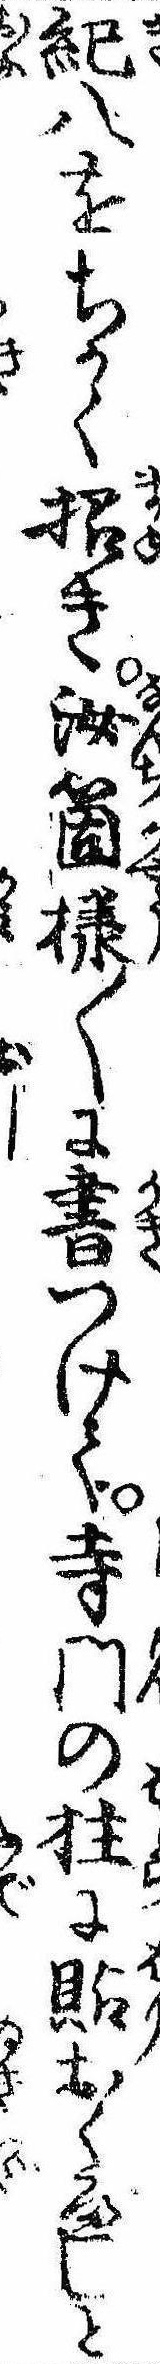
紀八をちかく招き汝箇様〱に書つけて寺門の柱に貼おくべしと